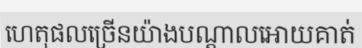
ហេតុផលច្រើនយ៉ាងបណ្តាលអោយគាត់